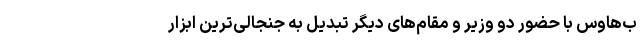
ب‌هاوس با حضور دو وزیر و مقام‌های دیگر تبدیل به جنجالی‌ترین ابزار